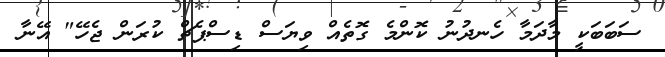
ސަބަބަކީ މާދަމާ ހެނދުނު ކޮންމެ ގޮތެއް ވިޔަސް ޑިސްޕެޗް ކުރަން ޖެހޭ" އޭނާ